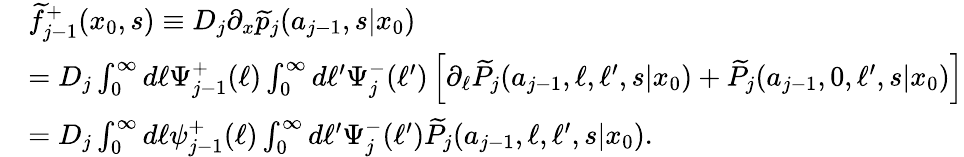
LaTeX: \begin{array}{rl}&{\widetilde{f}_{j-1}^{+}(x_{0},s)\equiv D_{j}\partial_{x}\widetilde{p}_{j}(a_{j-1},s|x_{0})}\\ &{=D_{j}\int_{0}^{\infty}d\ell\Psi_{j-1}^{+}(\ell)\int_{0}^{\infty}d\ell^{\prime}\Psi_{j}^{-}(\ell^{\prime})\left[\partial_{\ell}\widetilde{P}_{j}(a_{j-1},\ell,\ell^{\prime},s|x_{0})+\widetilde{P}_{j}(a_{j-1},0,\ell^{\prime},s|x_{0})\right]}\\ &{=D_{j}\int_{0}^{\infty}d\ell\psi_{j-1}^{+}(\ell)\int_{0}^{\infty}d\ell^{\prime}\Psi_{j}^{-}(\ell^{\prime})\widetilde{P}_{j}(a_{j-1},\ell,\ell^{\prime},s|x_{0}).}\end{array}